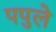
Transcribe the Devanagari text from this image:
पपुले